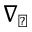
\nabla _ { \perp }